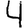
Digit: 4